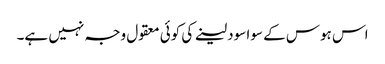
اس ہوس کے سوا سود لینے کی کوئی معقول وجہ نہیں ہے۔